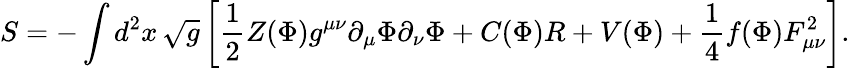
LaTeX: S=-\int d^{2}x\, \sqrt{g}\left[{\frac{1}{2}}Z(\Phi)g^{\mu\nu}\partial_{\mu}\Phi\partial_{\nu}\Phi+C(\Phi)R+V(\Phi)+\frac{1}{4}f(\Phi)F_{\mu\nu}^{2}\right].